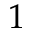
1